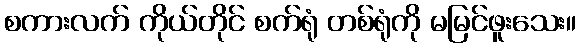
စကားလက် ကိုယ်တိုင် စက်ရုံ တစ်ရုံကို မမြင်ဖူးသေး။